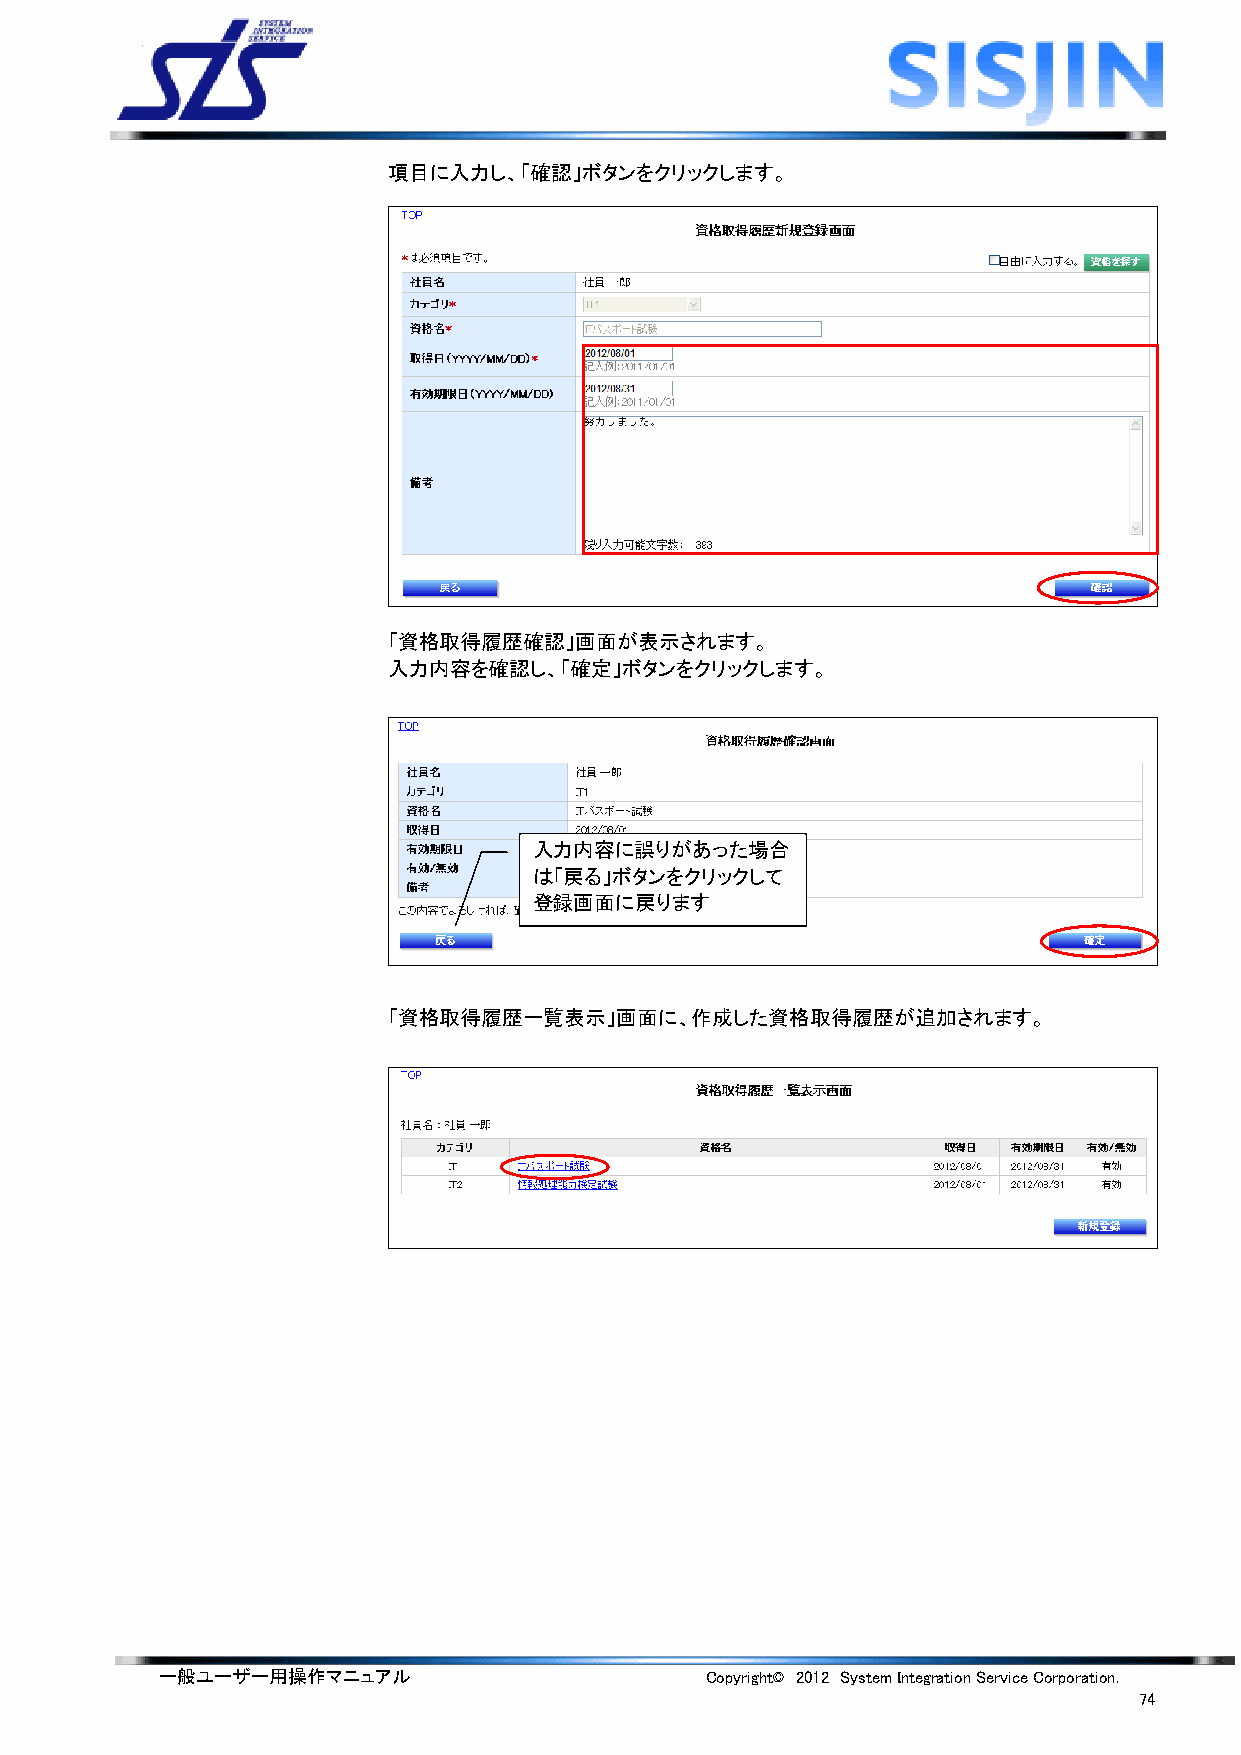
項目に入力し、「確認」ボタンをクリックします。
 「資格取得履歴確認」画面が表示されます。
 入力内容を確認し、「確定」ボタンをクリックします。
 入力内容に誤りがあった場合
 は「戻る」ボタンをクリックして
 登録画面に戻ります
 「資格取得履歴一覧表示」画面に、作成した資格取得履歴が追加されます。
 一般ユーザー用操作マニュアル                      Copyright© 2012 System Integration Service Corporation.
 74